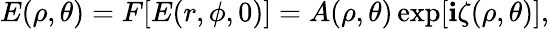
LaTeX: E(\rho,\theta)=F[E(r,\phi,0)]=A(\rho,\theta)\exp[\mathbf{i}\zeta(\rho,\theta)],